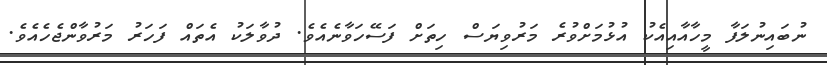
ނުބައިނުލަފާ މީހާއާއިއެކު އުޅުމަށްވުރެ މަރުވިޔަސް ހިތަށް ފަސޭހަވާނެއެވެ. ދުވާލަކު އެތައް ފަހަރު މަރުވާންޖެހެއެވެ.